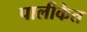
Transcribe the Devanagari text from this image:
पालीकेत